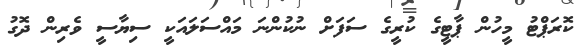
ކޮރަޕްޓު މީހުން ޕާޓީގެ ކުރީގެ ސަފަށް ނުކުންނަ މައްސަލައަކީ ސިޔާސީ ވެރިން ދޮގު